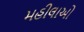
મહીલાઓ